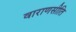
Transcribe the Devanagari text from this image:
वाराणसीति